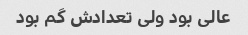
عالی بود ولی تعدادش گم بود